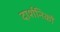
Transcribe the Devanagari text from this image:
दार्शनिकौं